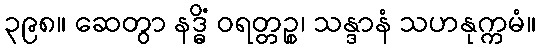
၃၉၈။ ဆေတွာ နဒ္ဓိံ ဝရတ္တဉ္စ၊ သန္ဒာနံ သဟနုက္ကမံ။